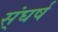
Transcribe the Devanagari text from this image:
स्ंघर्ष